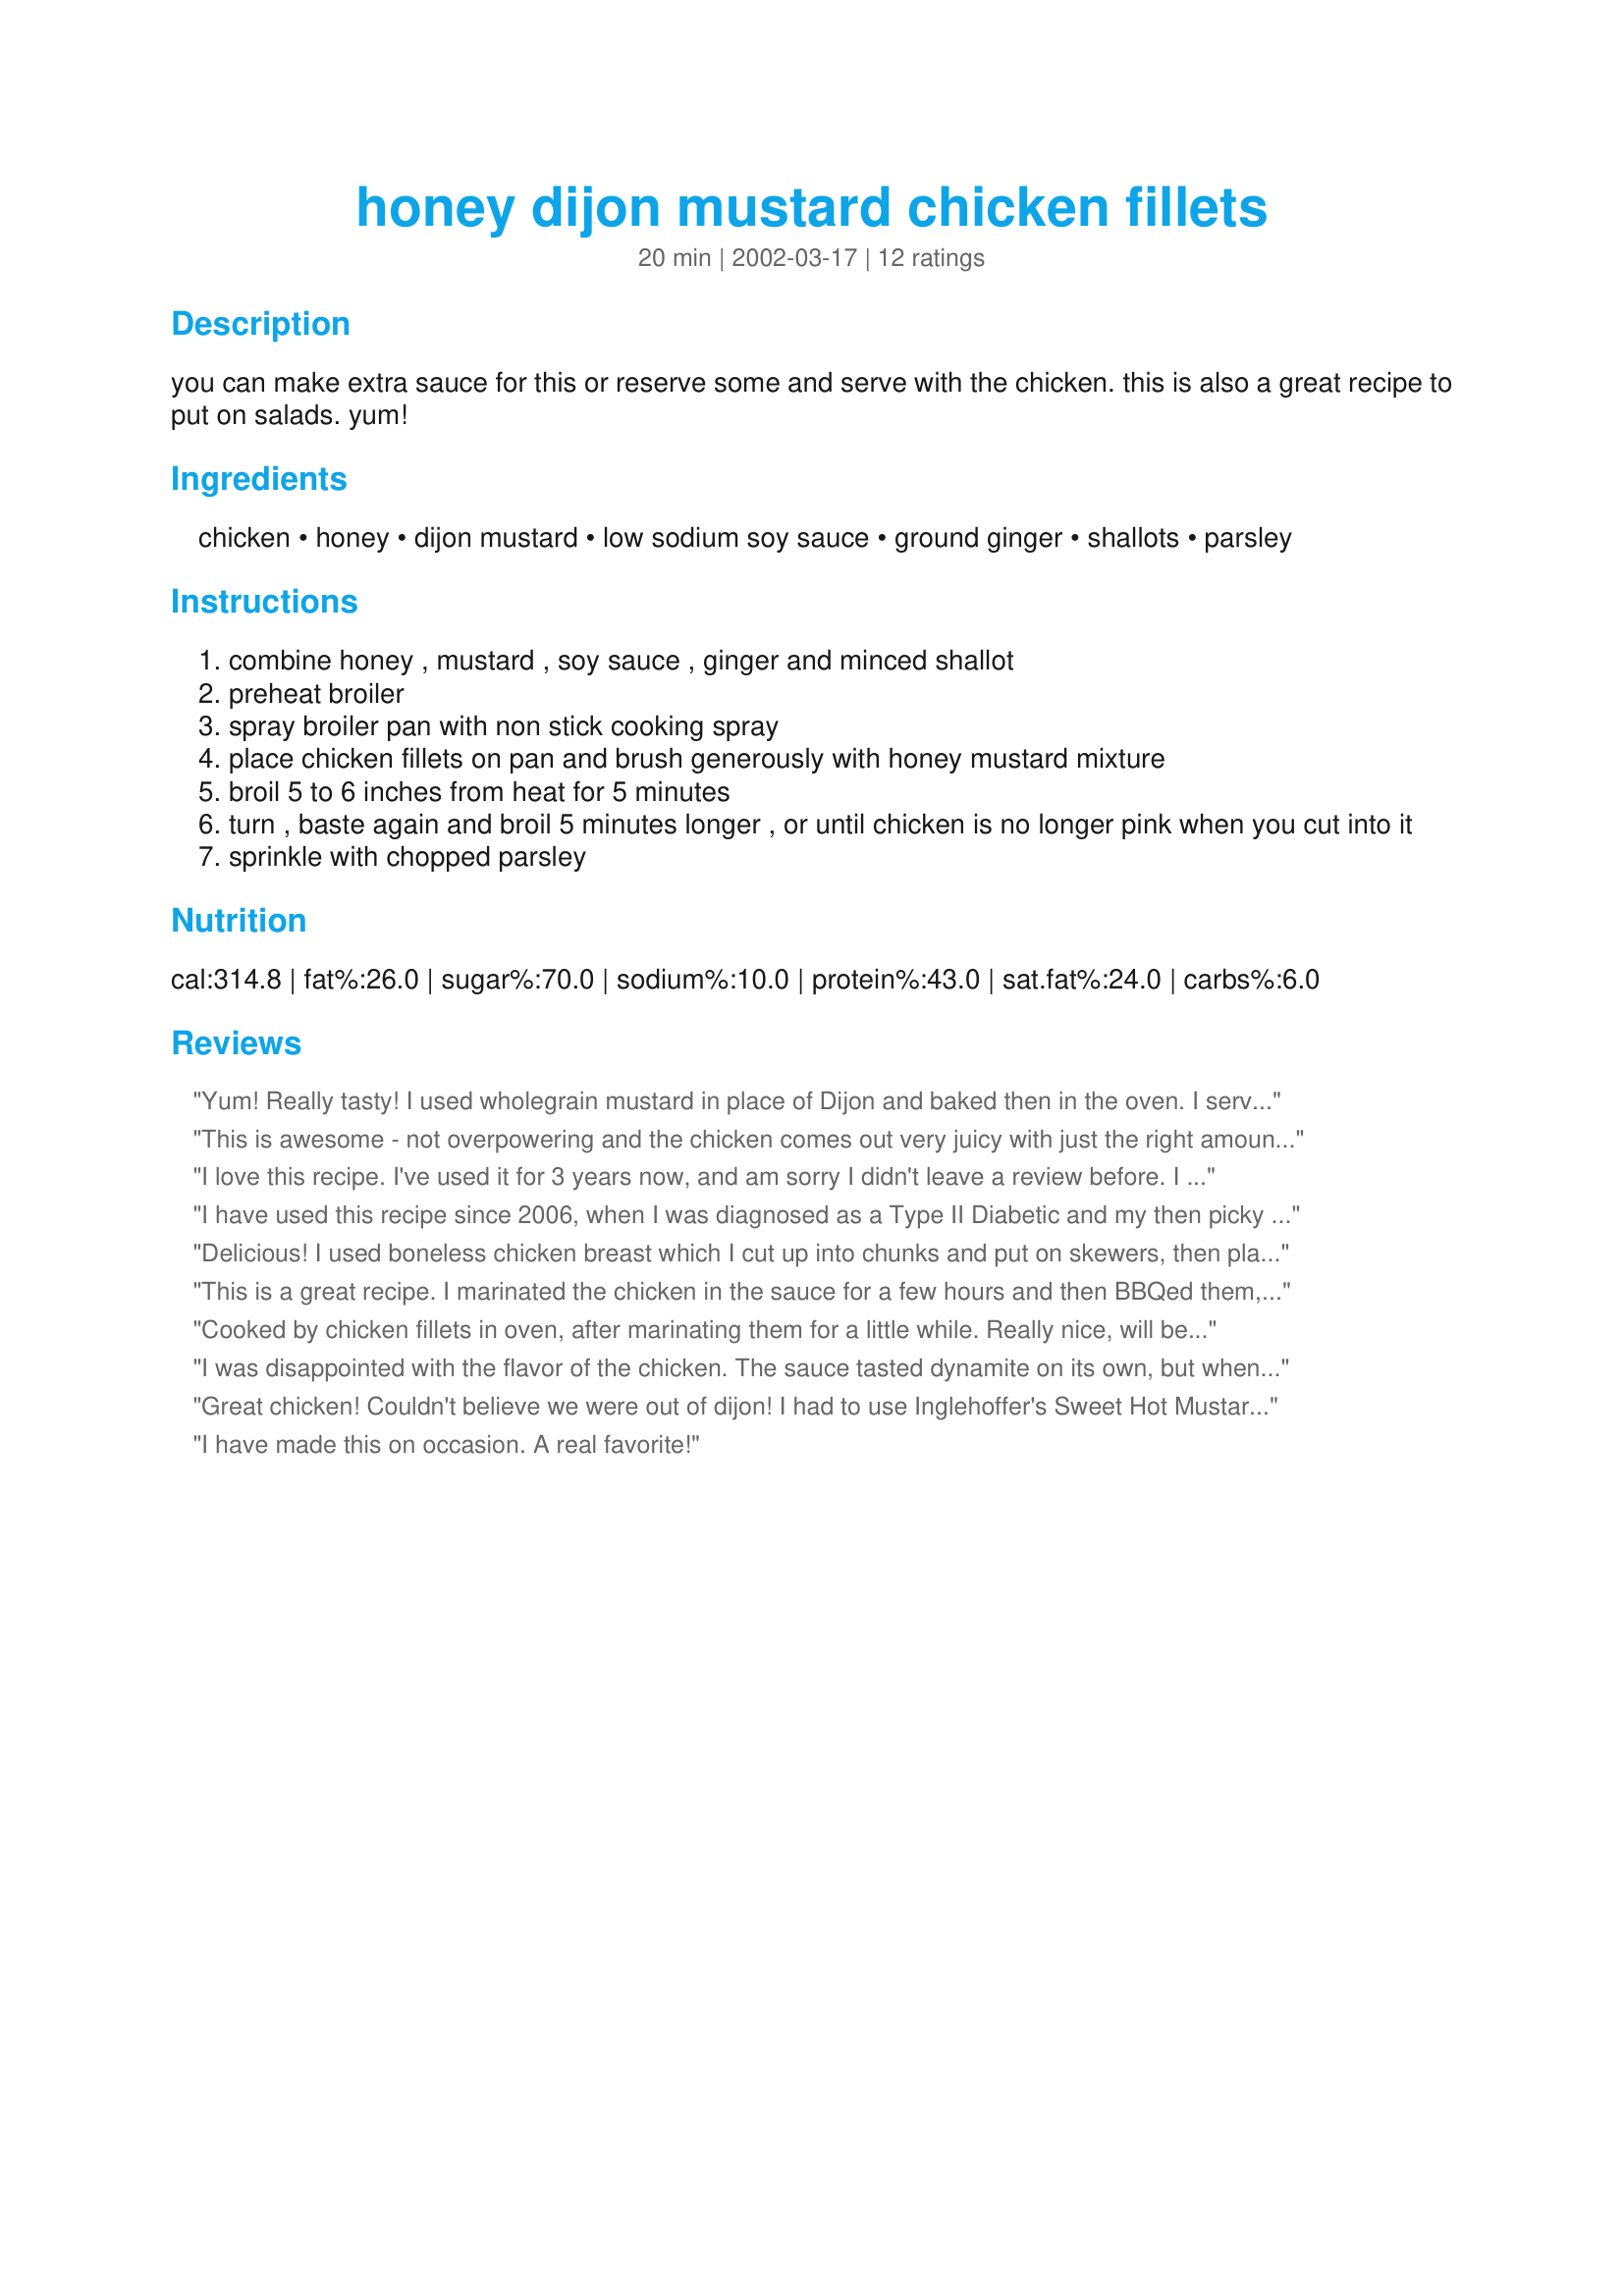
honey dijon mustard chicken fillets
Preparation time: 20 minutes

you can make extra sauce for this or reserve some and serve with the chicken. this is also a great recipe to put on salads. yum!

Ingredients:
chicken, honey, dijon mustard, low sodium soy sauce, ground ginger, shallots, parsley

Steps:
combine honey , mustard , soy sauce , ginger and minced shallot
preheat broiler
spray broiler pan with non stick cooking spray
place chicken fillets on pan and brush generously with honey mustard mixture
broil 5 to 6 inches from heat for 5 minutes
turn , baste again and broil 5 minutes longer , or until chicken is no longer pink when you cut into it
sprinkle with chopped parsley

Reviews:
Yum! Really tasty! I used wholegrain mustard in place of Dijon and baked then in the oven. I served them cold on top of salad for lunch. Next time I'll have them hot for dinner. These are great! Thanks.
This is awesome - not overpowering and the chicken comes out very juicy with just the right amount of flavor. Would definitely make this again and again.
I love this recipe. I've used it for 3 years now, and am sorry I didn't leave a review before. I think the chicken tastes wonderful after it's cooked. I marinate it for several hours before I cook it and we love it! Absolutely wonderful recipe. Thank you.
I have used this recipe since 2006, when I was diagnosed as a Type II Diabetic and my then picky teen loved it. It was originally posted on a Diabetic Recipe website. I always double the marinate so I have some extra to use as a dipping sauce. For those who might want it, here is the nutritional info that was with the original posting: Calories 314.7 Fat 17.2g Sat Fat 4.9g Cholesterol 85 mg Sodium 256.8mg Carbs 18.4g Fiber .2g Protein 21.6g
Delicious! I used boneless chicken breast which I cut up into chunks and put on skewers, then placed on the grill. I basted the chicken while cooking and there you have it! A tasty supper without messing up the kitchen! Delicious sauce ~ I'll make plenty for dipping next time ; ) Thanks, Secret!
This is a great recipe. I marinated the chicken in the sauce for a few hours and then BBQed them, heated the remaining sauce up to thicken and served with turkish bread and light vegies. Really yummy!
Cooked by chicken fillets in oven, after marinating them for a little while. Really nice, will be keeping this one. Not too strong, nice subtle taste.
I was disappointed with the flavor of the chicken. The sauce tasted dynamite on its own, but when the chicken was done, it tasted like plain broiled chicken. Maybe it would be better to simply bake the chicken in the sauce. (I got the feeling that all the sauce simply slid off the chicken into the bottom of the pan.) Also, I think my pieces were average size, but they took 10 min. per side to cook.
Great chicken! Couldn't believe we were out of dijon! I had to use Inglehoffer's Sweet Hot Mustard instead but it came out just lovely. Thank you!
I have made this on occasion. A real favorite!
Delicious. I used a package of chicken tenders. I added a little more dijon cause I like a stronger flavor. I baked them too, instead of broiling. They were tender and juicy. We then dipped them in more honey mustard sauce--can you tell we are honey mustard freaks. A easy quick entree. I know they would be good in a salad too. Will try that next time. Thanks Secret.
This was so easy and had a great taste. I left out the scallions and did it on the grill serving on a bed of greens. This will definitely be a keeper.
